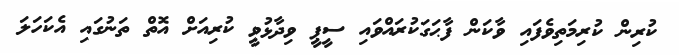
ކުރިން ކުރިމަތިވެފައި ވާކަން ފާޙަގަކުރައްވައި ސީޕީ ވިދާޅުވީ ކުރިއަށް އޮތް ތަނުގައި އެކަހަލަ